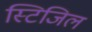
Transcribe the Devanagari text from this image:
स्टिजिल